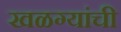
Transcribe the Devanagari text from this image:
खळग्यांची